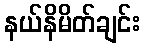
နယ်နိမိတ်ချင်း